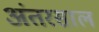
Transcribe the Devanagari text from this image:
अंतरसाल